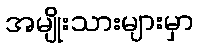
အမျိုးသားများမှာ